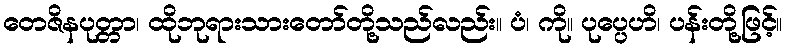
တေဇိနပုတ္တာ၊ ထိုဘုရားသားတော်တို့သည်လည်း။ ပံ၊ ကို။ ပုပ္ပေဟိ၊ ပန်းတို့ဖြင့်။